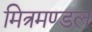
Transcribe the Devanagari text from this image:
मित्रमण्डल